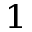
^ { 1 }